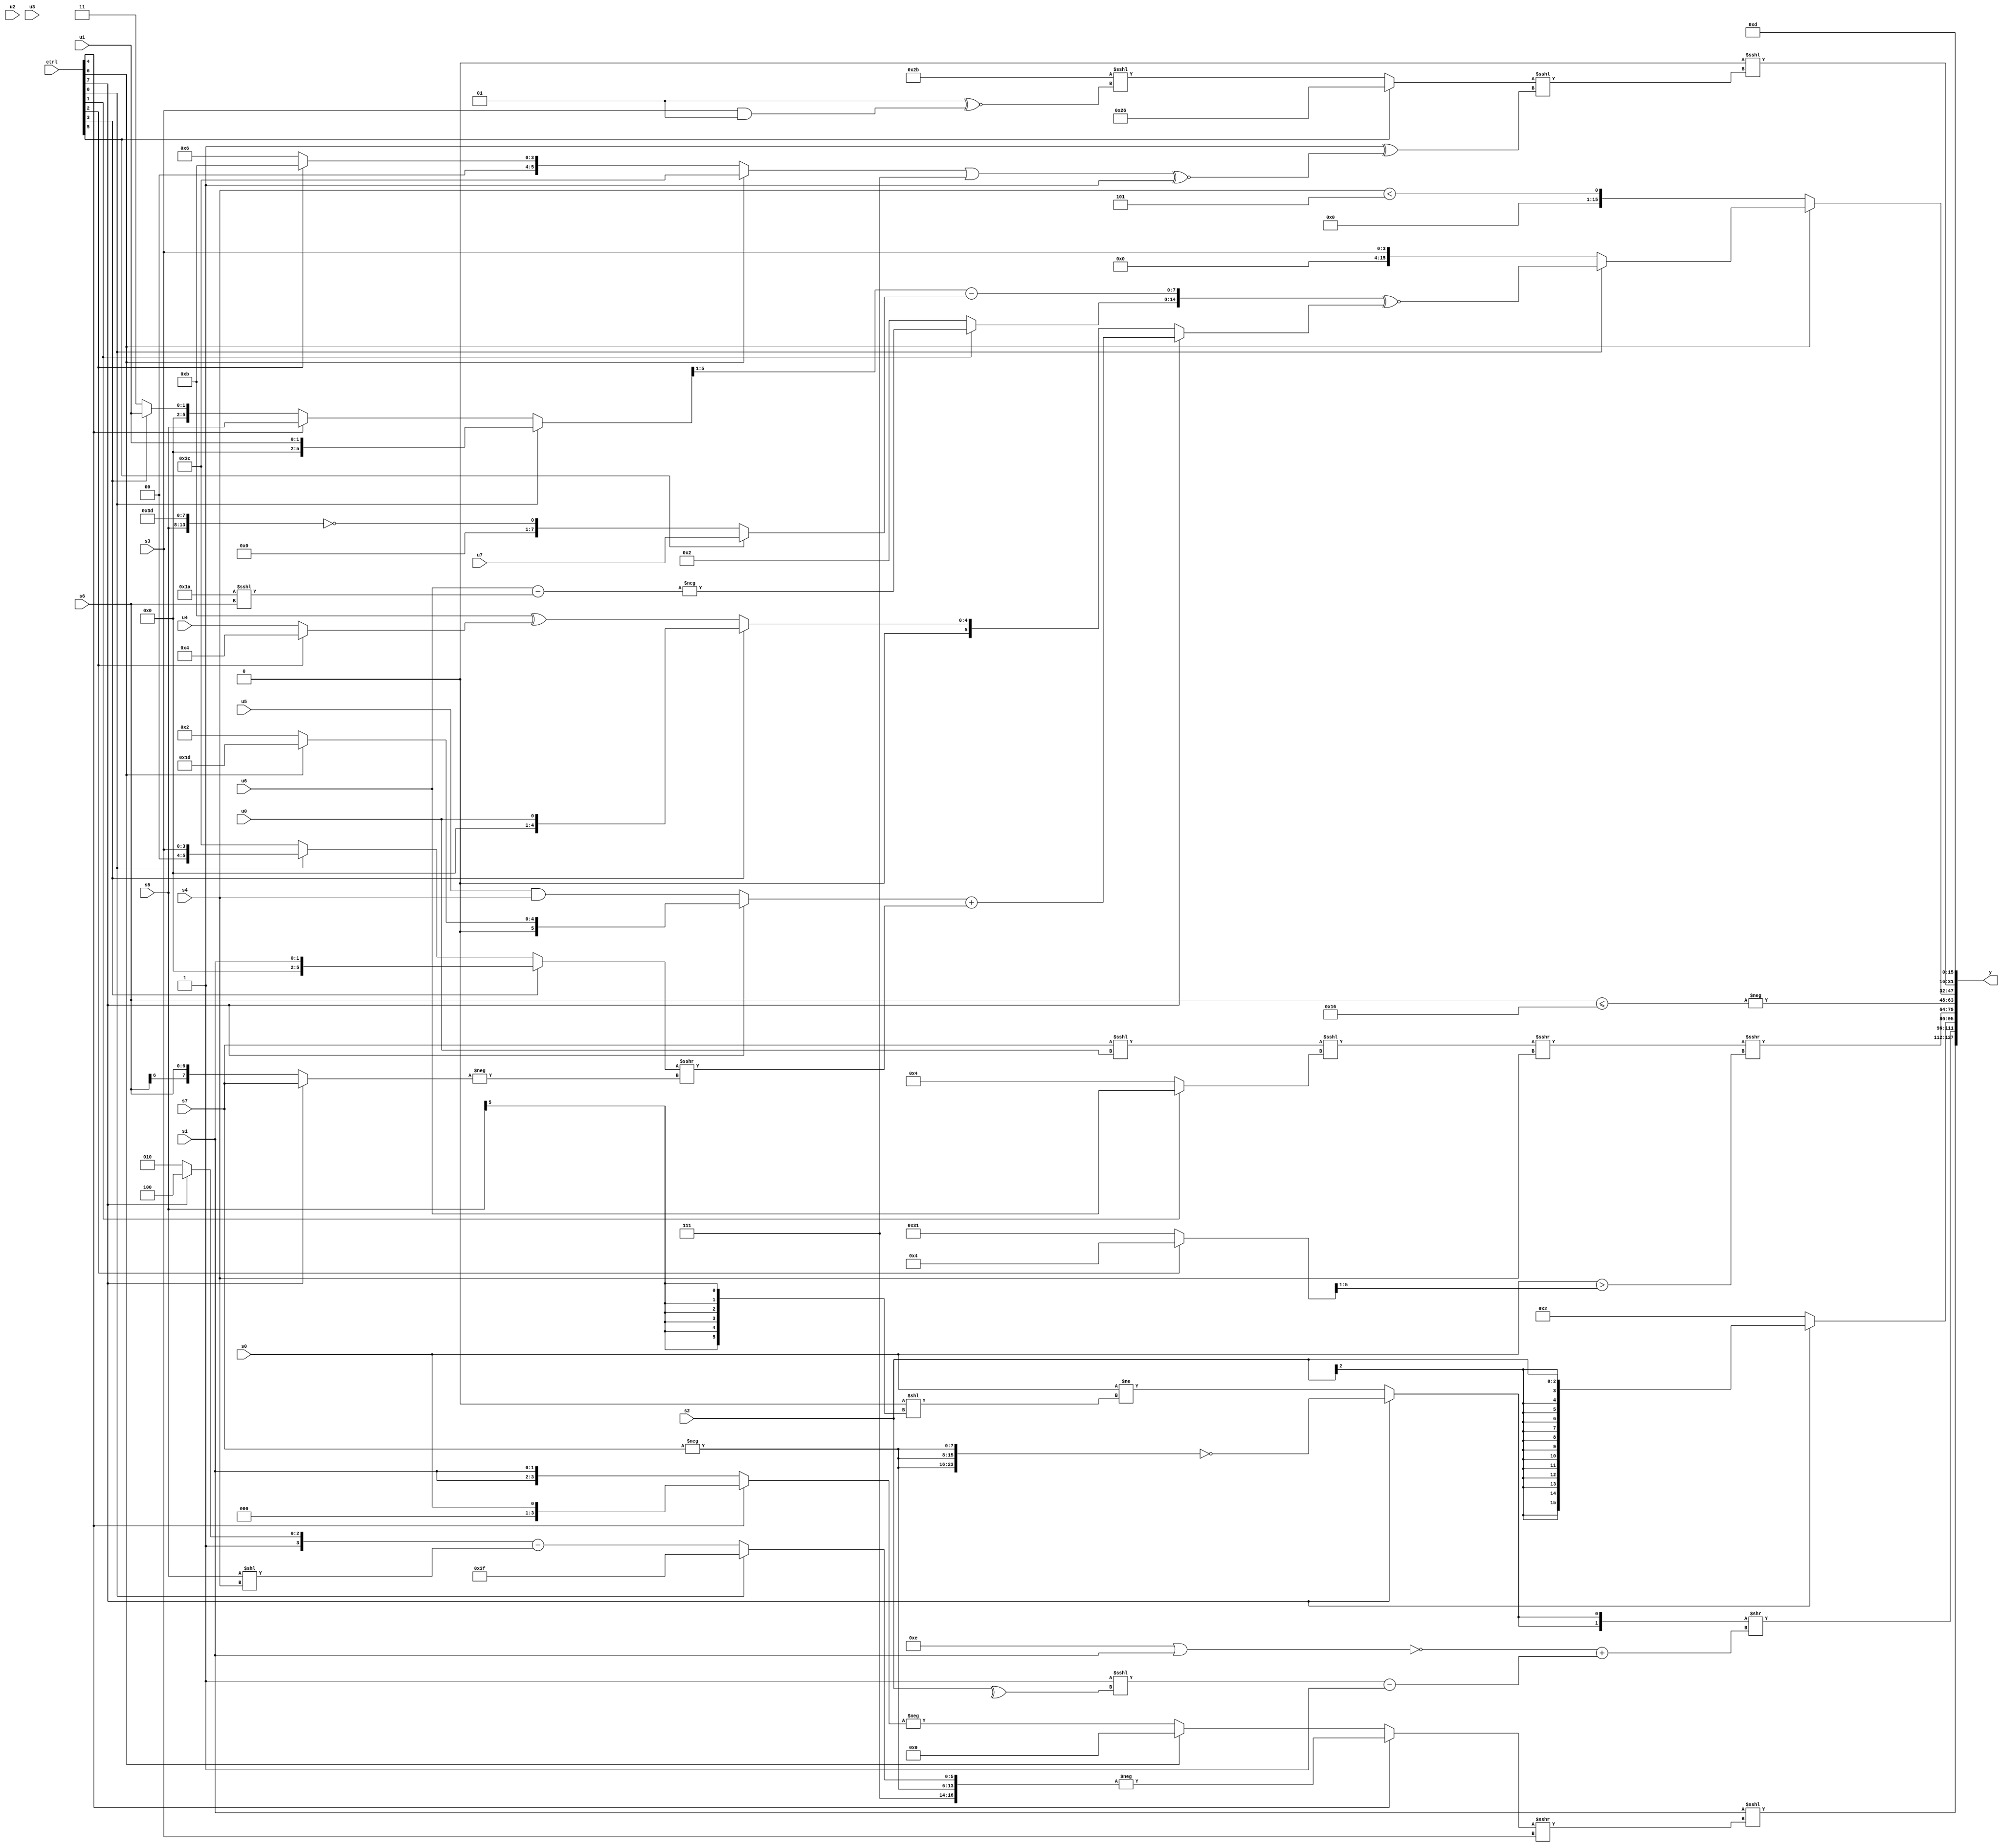
module wideexpr_00292(ctrl, u0, u1, u2, u3, u4, u5, u6, u7, s0, s1, s2, s3, s4, s5, s6, s7, y);
  input [7:0] ctrl;
  input [0:0] u0;
  input [1:0] u1;
  input [2:0] u2;
  input [3:0] u3;
  input [4:0] u4;
  input [5:0] u5;
  input [6:0] u6;
  input [7:0] u7;
  input signed [0:0] s0;
  input signed [1:0] s1;
  input signed [2:0] s2;
  input signed [3:0] s3;
  input signed [4:0] s4;
  input signed [5:0] s5;
  input signed [6:0] s6;
  input signed [7:0] s7;
  output [127:0] y;
  wire [15:0] y0;
  wire [15:0] y1;
  wire [15:0] y2;
  wire [15:0] y3;
  wire [15:0] y4;
  wire [15:0] y5;
  wire [15:0] y6;
  wire [15:0] y7;
  assign y = {y0,y1,y2,y3,y4,y5,y6,y7};
  assign y0 = (s1)<<<(((ctrl[4]?-({{3{1'sb1}},-(s7),(ctrl[0]?(ctrl[0]?6'sb111111:$signed(3'sb111)):((ctrl[7]?5'sb11100:4'sb1010))-((s5)<<(s4)))}):(ctrl[6]?2'sb00:-((ctrl[4]?(s0)>>>($unsigned(2'sb00)):{2'sb00,{2{s1}}})))))>>>(+(s3)));
  assign y1 = ({2{(ctrl[7]?!({3{-(s7)}}):($signed(s0))!=((2'sb00)<<((s5)>>>({1{4'b1100}}))))}})>>((+(~((5'sb01110)|(s1))))+($signed(((1'b1)<<<({1{^(s2)}}))-((+(+((5'sb00000)<<<(3'b100))))!=(+(+((4'sb0011)+(2'sb10))))))));
  assign y2 = (ctrl[7]?$signed(s2):3'sb010);
  assign y3 = ((((s7)<<<(u0))<<<((ctrl[1]?u6:3'sb100)))>>>(s4))>>>(+((s0)>(((ctrl[2]?4'sb0100:6'sb110001))>>>($signed($signed(1'b1))))));
  assign y4 = -((s6)<=(6'sb010110));
  assign y5 = (ctrl[6]?(ctrl[0]?({(ctrl[1]?-({(+(u6))-((5'sb11010)<<<(s6))}):3'sb010),(((ctrl[0]?u1:(ctrl[4]?s5:(ctrl[3]?u1:4'b0011))))>>>(~&(^({1{5'sb01001}}))))-((ctrl[5]?u7:!({(ctrl[1]?s5:s5),3'sb001,$signed(5'sb11101)})))})^~({1{(ctrl[7]?((ctrl[7]?(ctrl[6]?$signed(6'sb011101):3'sb010):(+(u5))&(+(s4))))+(((ctrl[3]?$signed(s1):(ctrl[0]?s3:6'sb111100)))>>>(-((ctrl[7]?s7:s6)))):(ctrl[3]?$signed(u0):($signed(6'b001011))^($signed((ctrl[2]?5'sb00100:u4)))))}}):s3):($signed(s4))<($signed(3'sb101)));
  assign y6 = ($signed(-(5'b00000)))<<<(($unsigned((ctrl[5]?6'sb100110:(6'sb101011)<<<((-(3'sb111))^~((s3)&(2'sb01))))))<<<((+(|(+($signed(2'sb10)))))^((((ctrl[6]?6'sb111100:(ctrl[2]?4'sb1011:3'sb110)))|(3'sb111))^~($signed(|({3{2'b11}}))))));
  assign y7 = 5'sb01101;
endmodule